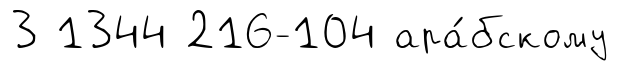
3 1344 216-104 ара́бскому